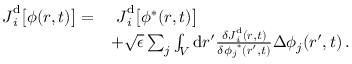
\begin{array} { r l } { \boldsymbol { J } _ { i } ^ { \mathrm { d } } \big [ { \phi } ( \boldsymbol { r } , t ) \big ] = } & { ~ \boldsymbol { J } _ { i } ^ { \mathrm { d } } \big [ { \phi } ^ { * } ( \boldsymbol { r } , t ) \big ] } \\ & { + \sqrt { \epsilon } \sum _ { j } \int _ { V } \mathrm { d } \boldsymbol { r } ^ { \prime } \frac { \delta \boldsymbol { J } _ { i } ^ { \mathrm { d } } ( \boldsymbol { r } , t ) } { \delta { \phi _ { j } } ^ { * } ( \boldsymbol { r } ^ { \prime } , t ) } { \Delta \phi _ { j } } ( \boldsymbol { r } ^ { \prime } , t ) \, . } \end{array}